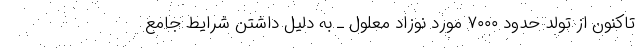
تاکنون از تولد حدود ۷۰۰۰ مورد نوزاد معلول ـ به دلیل داشتن شرایط جامع